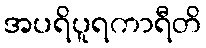
အပရိပူရကာရီတိ